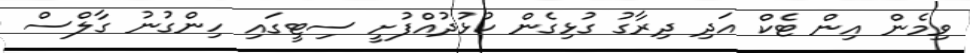
ވިމެން އިން ޓެކް އަދި ދިރާގު ގުޅިގެން ކުޅުދުއްފުށީ ސިޓީގައި ހިންގުނު ގާލްސް